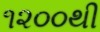
૧૨૦૦થી